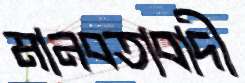
মানবতাবাদী